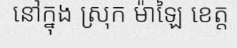
នៅក្នុង ស្រុក ម៉ាឡៃ ខេត្ត